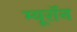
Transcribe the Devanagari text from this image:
म्यूरॉन